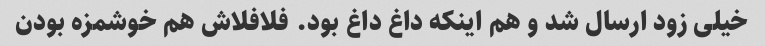
خیلی زود ارسال شد و هم اینکه داغ داغ بود. فلافلاش هم خوشمزه بودن